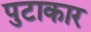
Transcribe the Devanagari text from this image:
पुटाकार